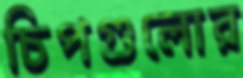
চিপগুলোর